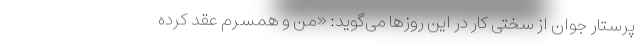
پرستار جوان از سختی کار در این روزها می‌گوید: «من و همسرم عقد کرده